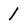
Character: 1